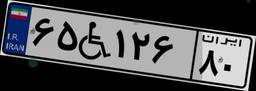
۶۶W۵۵۴۵۲